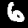
Label: 6